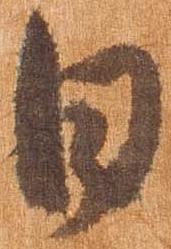
日